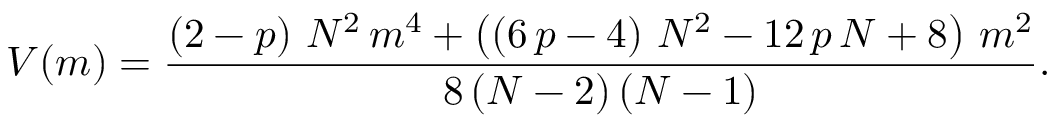
V ( m ) = \frac { \left( 2 - p \right) \, N ^ { 2 } \, m ^ { 4 } + \left( \left( 6 \, p - 4 \right) \, N ^ { 2 } - 1 2 \, p \, N + 8 \right) \, m ^ { 2 } } { 8 \left( N - 2 \right) \left( N - 1 \right) } .